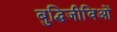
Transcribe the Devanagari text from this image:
बुद्धिजीविओं